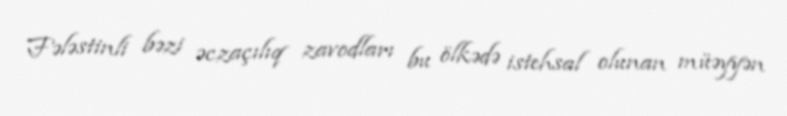
Fələstinli bəzi əczaçılıq zavodları bu ölkədə istehsal olunan müəyyən